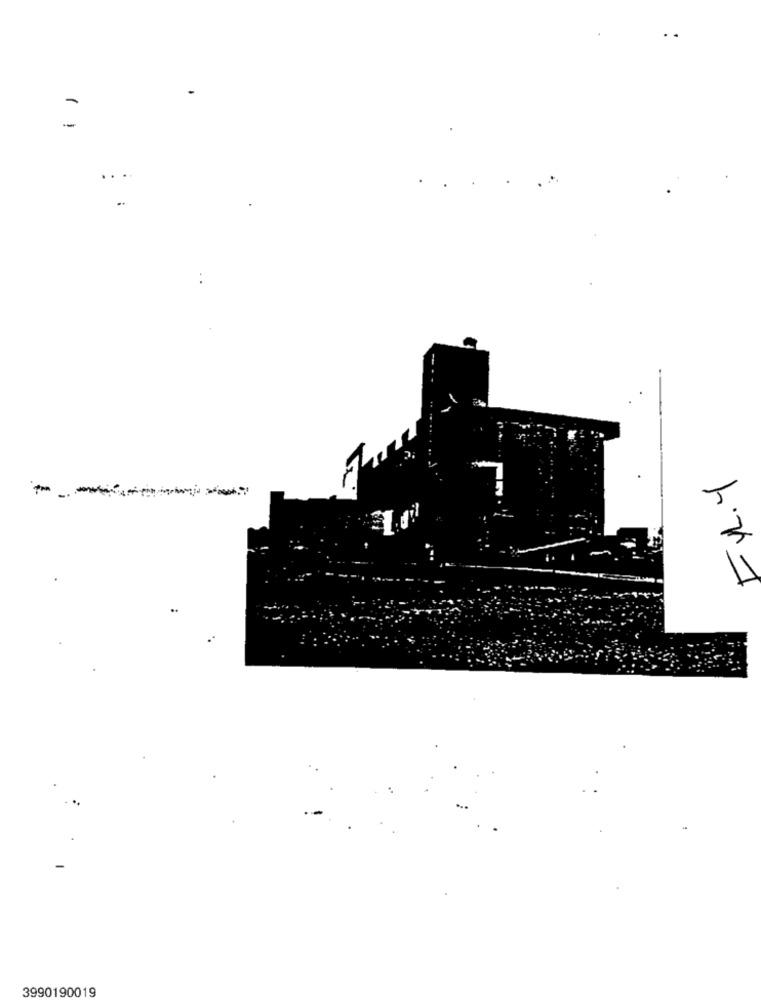
FYL. Y
3990190019